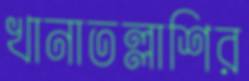
খানাতল্লাশির